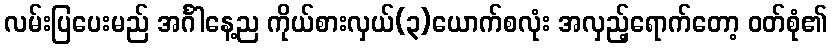
လမ်းပြပေးမည် အင်္ဂါနေ့ည ကိုယ်စားလှယ်(၃)ယောက်စလုံး အလှည့်ရောက်တော့ ဝတ်စုံ၏